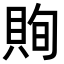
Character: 𧵣